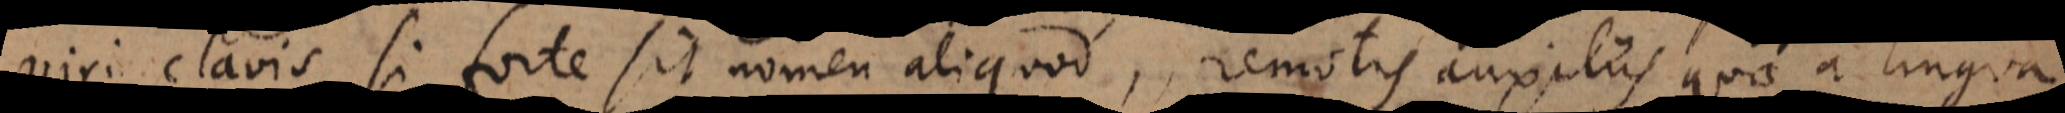
niri clavis, si forte sit nomen aliquod, remotis auxiliis quae a lingua